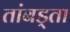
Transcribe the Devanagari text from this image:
तांबड्ता